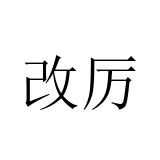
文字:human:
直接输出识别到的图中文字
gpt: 改厉